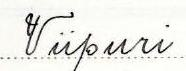
Viipuri